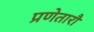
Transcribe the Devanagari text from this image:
प्रणेतारौ